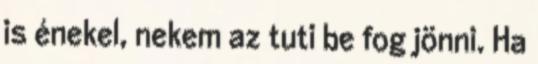
is énekel, nekem az tuti be fog jönni. Ha